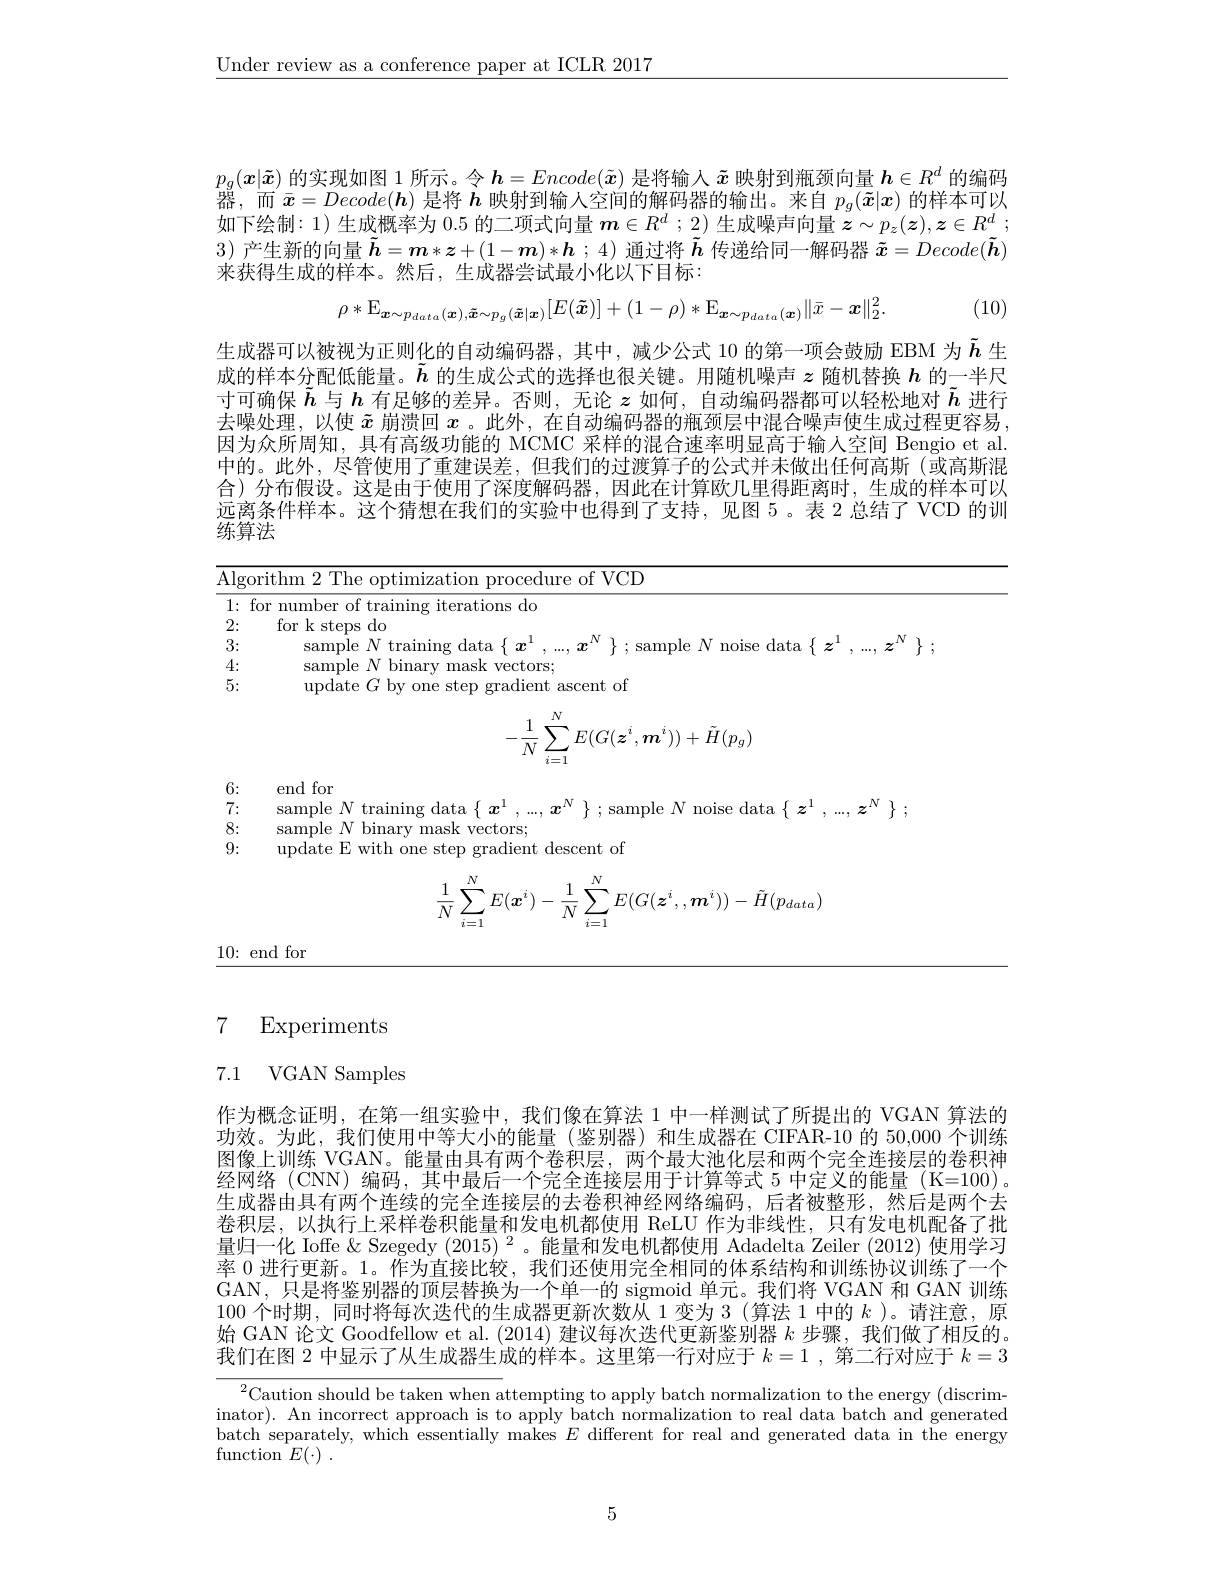
$\underline{\text{Under review as a conference paper at ICLR 2017}}$

$p_g(\boldsymbol{x}|\tilde{\boldsymbol{x}})$的实现如图 1 所示。令$\boldsymbol{h}=Encode(\tilde{\boldsymbol{x}})$是将输入$\tilde{\boldsymbol{x}}$映射到瓶颈向量$\boldsymbol{h}\in R^d$的编码器，而$\bar{x}=Decode(\boldsymbol{h})$是将$h$映射到输入空间的解码器的输出。来自$p_g(\tilde{x}|\boldsymbol{x})$的样本可以如下绘制：1)生成概率为0.5的二项式向量$\boldsymbol{m}\in R^d$ ; 2 )生成噪声向量$\boldsymbol{z}\sim p_z( \boldsymbol{z}) , \boldsymbol{z}\in R^d$ ; 3)产生新的向量$\tilde{\boldsymbol{h}}=\boldsymbol{m}*\boldsymbol{z}+(1-\boldsymbol{m})*\boldsymbol{h};4)$通过将$\tilde{\boldsymbol{h}}$传递给同一解码器$\tilde{\boldsymbol{x}}=Decode(\tilde{\boldsymbol{h}})$ 来获得生成的样本。然后，生成器尝试最小化以下目标：

(10)
$$\rho*\operatorname{E}_{\boldsymbol{x}\sim p_{data}(\boldsymbol{x}),\boldsymbol{\tilde{x}}\sim p_{g}(\boldsymbol{\tilde{x}}|\boldsymbol{x})}[E(\boldsymbol{\tilde{x}})]+(1-\rho)*\operatorname{E}_{\boldsymbol{x}\sim p_{data}(\boldsymbol{x})}\|\bar{x}-\boldsymbol{x}\|_{2}^{2}.$$
生成器可以被视为正则化的自动编码器，其中，减少公式 10 的第一项会鼓励 EBM 为$\tilde{h}$生成的样本分配低能量。$\tilde{\boldsymbol{h}}$的生成公式的选择也很关键。用随机噪声$z$随机替换$h$的一半尺寸可确保$\tilde{h}$与$h$有足够的差异。否则，无论$z$如何，自动编码器都可以轻松地对$\tilde{h}$进行去噪处理，以使$\tilde{x}$崩溃回$x$ 。此外，在自动编码器的瓶颈层中混合噪声使生成过程更容易， 因为众所周知，具有高级功能的 MCMC 采样的混合速率明显高于输入空间 Bengio et al. 中的。此外，尽管使用了重建误差，但我们的过渡算子的公式并未做出任何高斯(或高斯混合)分布假设。这是由于使用了深度解码器，因此在计算欧几里得距离时，生成的样本可以远离条件样本。这个猜想在我们的实验中也得到了支持，见图 5 。表 2 总结了 VCD 的训练算法

<table>
	<tbody>
		<tr>
			<td>$\overline{{\mathrm{Algo}}}$</td>
			<td>$\mathop{\mathrm{rithm~2~The~}}$ optimization procedure of VCD</td>
		</tr>
		<tr>
			<td>1: $fi$ 2:</td>
			<td>for number of training iterations do for</td>
		</tr>
		<tr>
			<td>3:</td>
			<td>samnle $N$ training data</td>
		</tr>
		<tr>
			<td>4:</td>
			<td>samnle $\square N\vdash$ hinary 1 mask vectors;</td>
		</tr>
		<tr>
			<td>5:</td>
			<td>indate Ghw v one step gradient ascent of</td>
		</tr>
	</tbody>
</table>
$$-\frac{1}{N}\sum_{i=1}^{N}E(G(\boldsymbol{z}^{i},\boldsymbol{m}^{i}))+\tilde{H}(p_{g})$$
6:

7:

end for
sample $N$ training data $\{\begin{array}{c}x^1,...,x^N\end{array}\};$ sample $N$ noise data $\{\begin{array}{c}z^1,...,z^N\end{array}\};$
$\begin{array}{ll}{{\mathrm{sample~}N\text{ binary mask vectors;}}}\\{{\mathrm{update~E~with~one~step~gradient~descent~of}}}\\{{\mathrm{update~E~with~one~step~gradient~descent~of}}}\end{array}$

8:

9:
$$\begin{aligned}\frac{1}{N}\sum_{i=1}^NE(\boldsymbol{x}^i)-\frac{1}{N}\sum_{i=1}^NE(G(\boldsymbol{z}^i,,\boldsymbol{m}^i))-\tilde{H}(p_{data})\end{aligned}$$
$10\colon$end for

# 7 Experiments

# 7.1 VGAN Samples

作为概念证明，在第一组实验中，我们像在算法 1 中一样测试了所提出的 VGAN 算法的功效。为此，我们使用中等大小的能量(鉴别器)和生成器在 CIFAR-10 的 50,000 个训练图像上训练 VGAN。能量由具有两个卷积层，两个最大池化层和两个完全连接层的卷积神经网络 (CNN) 编码，其中最后一个完全连接层用于计算等式 5 中定义的能量 (K=100)。生成器由具有两个连续的完全连接层的去卷积神经网络编码，后者被整形，然后是两个去卷积层，以执行上采样卷积能量和发电机都使用 ReLU 作为非线性，只有发电机配备了批量归一化 Ioffe & Szegedy (2015) $^2$。能量和发电机都使用 Adadelta Zeiler (2012) 使用学习率 0 进行更新。1。作为直接比较，我们还使用完全相同的体系结构和训练协议训练了一个GAN, 只是将鉴别器的顶层替换为一个单一的 sigmoid 单元。我们将 VGAN 和 GAN 训练100 个时期，同时将每次迭代的生成器更新次数从 1 变为 3 (算法 1 中的$k$ )。请注意，原始 GAN 论文 Goodfellow et al. (2014) 建议每次迭代更新鉴别器$k$步骤，我们做了相反的。我们在图 2 中显示了从生成器生成的样本。这里第一行对应于$k=1$ ,第二行对应于$k=3$

$\sqrt{^2\text{Caution should be taken when a}}$ttempting to apply batch normalization to the energy (discrim-) inator). An incorrect approach is to apply batch normalization to real data batch and generated batch'separately, which essentially makes $E$ different for real and generated data in the energy function $E( \cdot )$ .

5